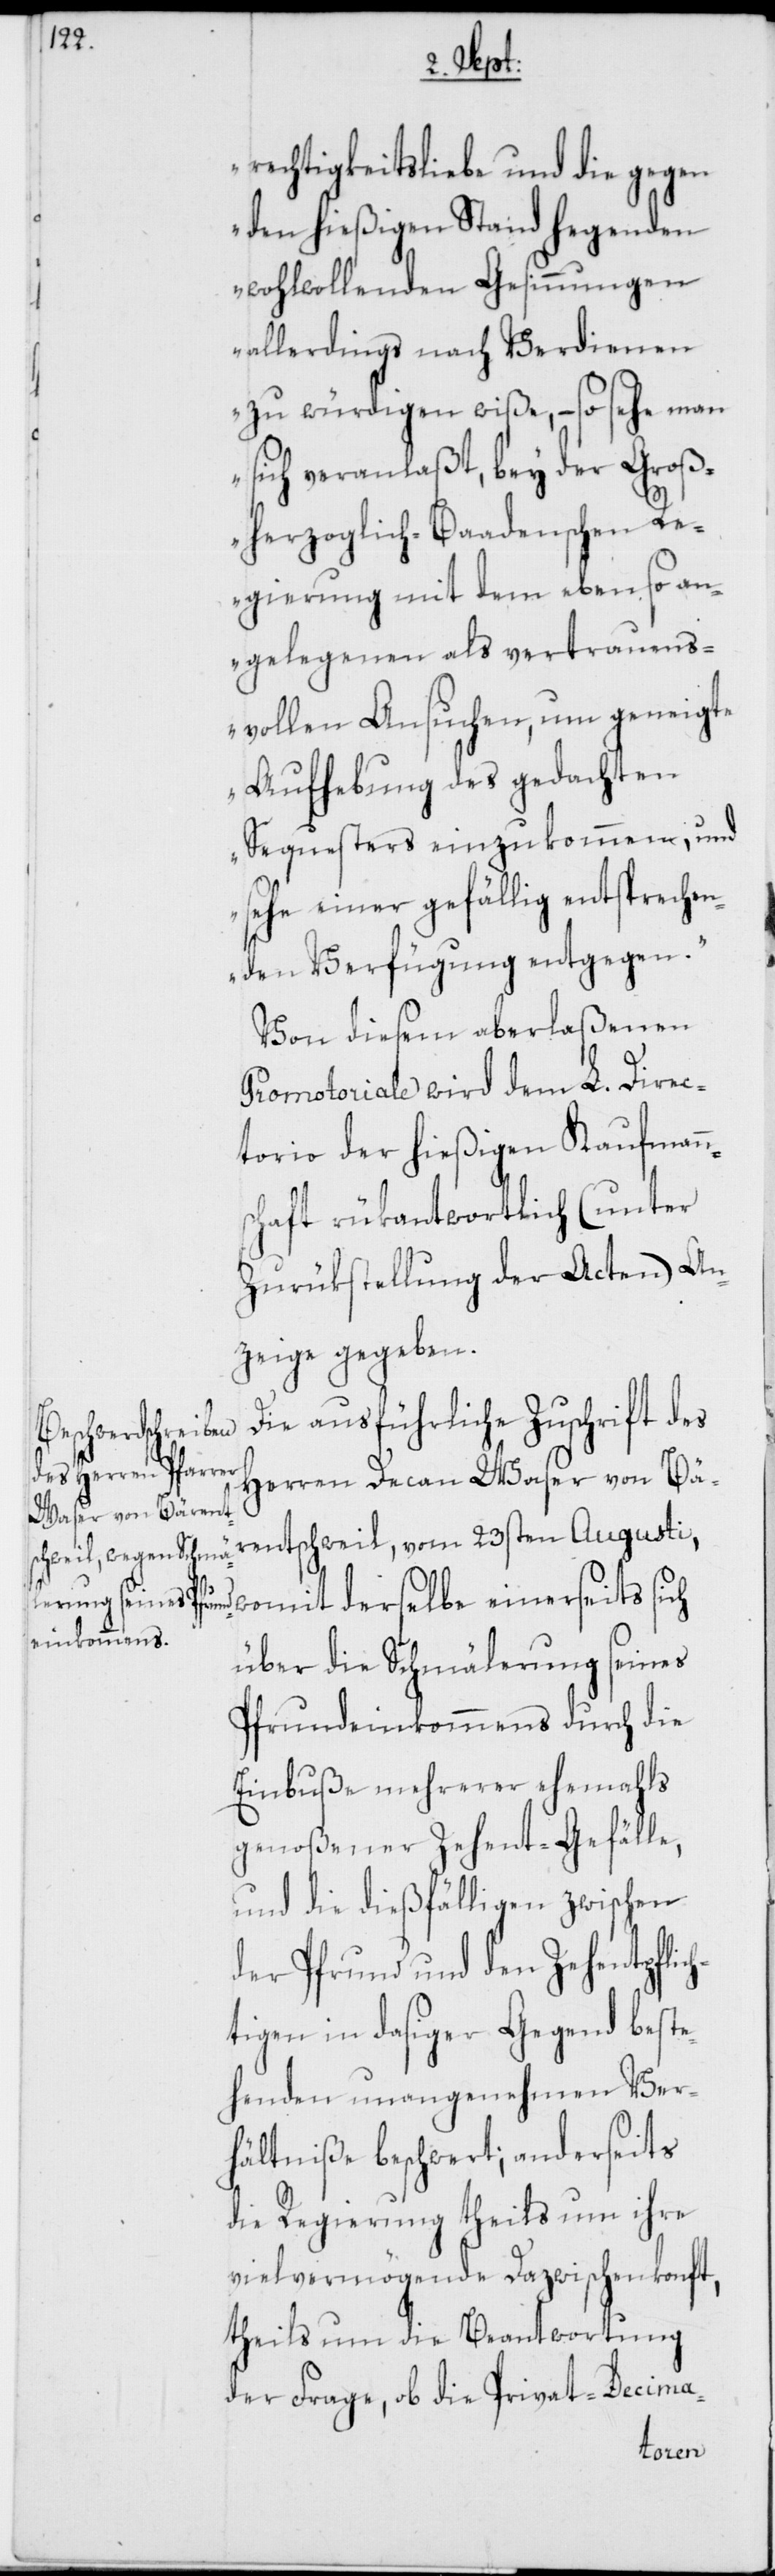
rechtigkeitsliebe und die gegen
den hießigen Stand hegenden
wohlwollenden Gesinnungen
allerdings nach Verdienen
zu würdigen wiße, – so sehe man
sich veranlaßt, bey der Groß¬
herzoglich-Baadenschen R¬
egierung mit dem eben so an¬
gelegenen als vertrauens¬
vollen Ansuchen, um geneigte
Aufhebung des gedachten
Sequesters einzukommen, und
sehe einer gefällig entsprechen¬
den Verfügung entgegen.“
Von diesem aberlaßenen
Promotoriale wird dem L. Direc¬
torio der hießigen Kaufmann¬
schaft rükantwortlich (unter
Zurükstellung der Acten) An¬
zeige gegeben.
rentschweil, vom 23sten
Herren Decan Waser von Bä¬
es
womit derselbe einerseits sich
über die Schmälerung seines
Pfrundeinkommens durch die
Einbuße mehrerer ehemahls
genoßener Zehent-Gefälle,
und die dießfälligen zwischen
der Pfrund und den Zehentpflic¬
htigen in dasiger Gegend beste¬
henden unangenehmen Ver¬
hältniße beschwert; anderseits
die Regierung theils um ihre
vielvermögende Dazwischenkonft,
theils um die Beantwortung
der Frage, ob die Privat-Decima-